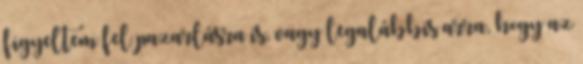
figyeltem fel pazarlásra is, vagy legalábbis arra, hogy az